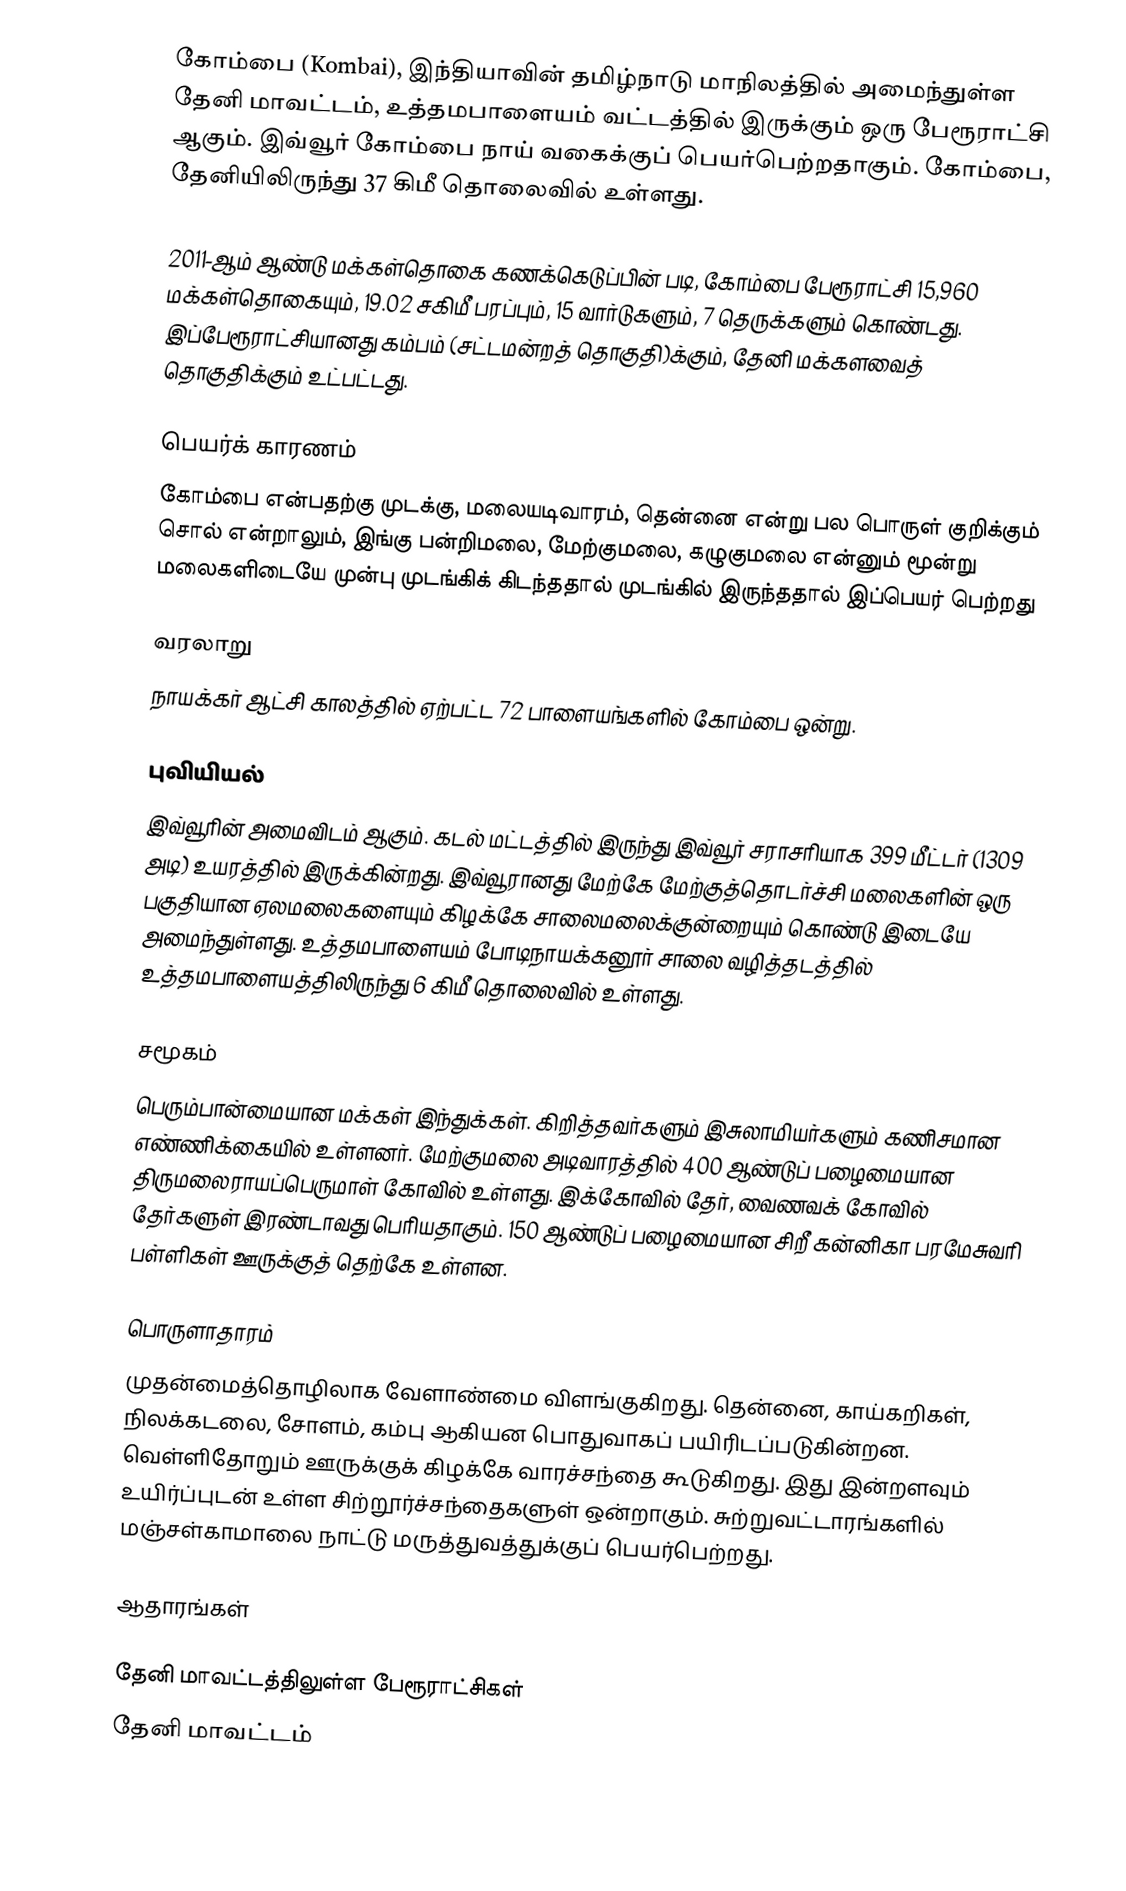
கோம்பை (Kombai), இந்தியாவின் தமிழ்நாடு மாநிலத்தில் அமைந்துள்ள தேனி மாவட்டம், உத்தமபாளையம் வட்டத்தில் இருக்கும் ஒரு பேரூராட்சி ஆகும். இவ்வூர் கோம்பை நாய் வகைக்குப் பெயர்பெற்றதாகும். கோம்பை, தேனியிலிருந்து 37 கிமீ தொலைவில் உள்ளது.

2011-ஆம் ஆண்டு மக்கள்தொகை கணக்கெடுப்பின்  படி,   கோம்பை பேரூராட்சி 15,960    மக்கள்தொகையும், 19.02 சகிமீ பரப்பும்,   15   வார்டுகளும்,  7 தெருக்களும் கொண்டது. இப்பேரூராட்சியானது கம்பம் (சட்டமன்றத் தொகுதி)க்கும், தேனி மக்களவைத் தொகுதிக்கும் உட்பட்டது.

பெயர்க் காரணம்
கோம்பை என்பதற்கு  முடக்கு, மலையடிவாரம், தென்னை என்று பல பொருள் குறிக்கும் சொல் என்றாலும், இங்கு பன்றிமலை, மேற்குமலை, கழுகுமலை என்னும் மூன்று மலைகளிடையே முன்பு முடங்கிக் கிடந்ததால் முடங்கில் இருந்ததால் இப்பெயர் பெற்றது

வரலாறு
நாயக்கர் ஆட்சி காலத்தில் ஏற்பட்ட 72 பாளையங்களில் கோம்பை  ஒன்று.

புவியியல்
இவ்வூரின் அமைவிடம்  ஆகும். கடல் மட்டத்தில் இருந்து இவ்வூர் சராசரியாக 399 மீட்டர் (1309 அடி) உயரத்தில் இருக்கின்றது. இவ்வூரானது மேற்கே மேற்குத்தொடர்ச்சி மலைகளின் ஒரு பகுதியான ஏலமலைகளையும் கிழக்கே சாலைமலைக்குன்றையும் கொண்டு இடையே அமைந்துள்ளது. உத்தமபாளையம் போடிநாயக்கனூர் சாலை வழித்தடத்தில் உத்தமபாளையத்திலிருந்து 6 கிமீ தொலைவில் உள்ளது.

சமூகம்
பெரும்பான்மையான மக்கள் இந்துக்கள். கிறித்தவர்களும் இசுலாமியர்களும் கணிசமான எண்ணிக்கையில் உள்ளனர். மேற்குமலை அடிவாரத்தில் 400 ஆண்டுப் பழைமையான திருமலைராயப்பெருமாள் கோவில் உள்ளது. இக்கோவில் தேர், வைணவக் கோவில் தேர்களுள் இரண்டாவது பெரியதாகும். 150 ஆண்டுப் பழைமையான சிறீ கன்னிகா பரமேசுவரி பள்ளிகள் ஊருக்குத் தெற்கே உள்ளன.

பொருளாதாரம்
முதன்மைத்தொழிலாக வேளாண்மை விளங்குகிறது. தென்னை, காய்கறிகள், நிலக்கடலை, சோளம், கம்பு ஆகியன பொதுவாகப் பயிரிடப்படுகின்றன. வெள்ளிதோறும் ஊருக்குக் கிழக்கே வாரச்சந்தை கூடுகிறது. இது இன்றளவும் உயிர்ப்புடன் உள்ள சிற்றூர்ச்சந்தைகளுள் ஒன்றாகும். சுற்றுவட்டாரங்களில் மஞ்சள்காமாலை நாட்டு மருத்துவத்துக்குப் பெயர்பெற்றது.

ஆதாரங்கள்

தேனி மாவட்டத்திலுள்ள பேரூராட்சிகள்
தேனி மாவட்டம்